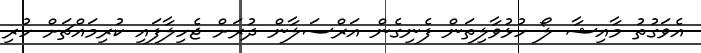
އެވަގުތު މާއިޝާ ލޯ ހުޅުވާލިތަން ފެނިގެން އަރްސަލާން ދުރަށް ޖެހިލާފައި ކުރިމައްޗަށް ހުރި